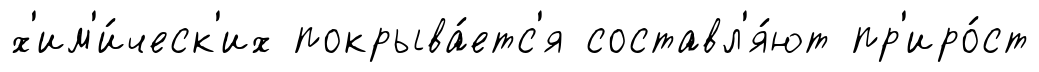
х'им'и́ческ'их покрыва́етс'я составл'я́ют пр'иро́ст